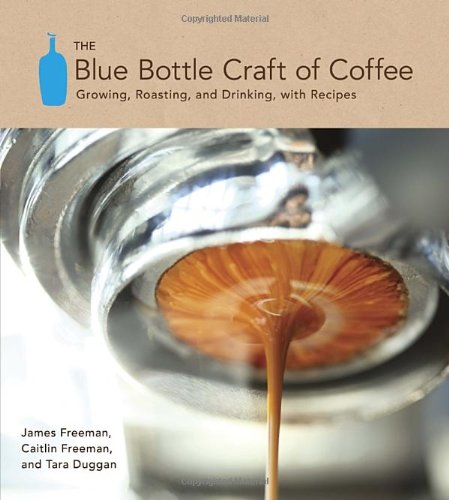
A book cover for The Blue Bottle Craft of Coffee: Growing, Roasting, and Drinking, with Recipes; James Freeman; Cookbooks, Food & Wine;